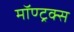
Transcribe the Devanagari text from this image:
मॉण्ट्रक्स